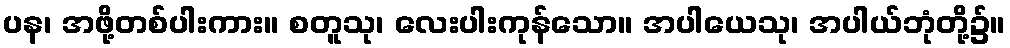
ပန၊ အဖို့တစ်ပါးကား။ စတူသု၊ လေးပါးကုန်သော။ အပါယေသု၊ အပါယ်ဘုံတို့၌။